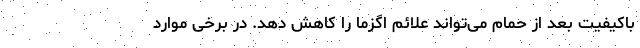
باکیفیت بعد از حمام می‌تواند علائم اگزما را کاهش دهد. در برخی موارد